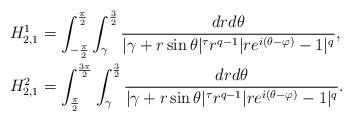
LaTeX: \begin{align*}H_{2,1}^1 & =\int_{-\frac{\pi}{2}}^\frac{\pi}{2}\int_\gamma^{\frac{3}{2}}\frac{dr d\theta}{|\gamma+r\sin\theta|^\tau r^{q-1}|re^{i(\theta-\varphi)}-1|^q},\\H_{2,1}^2 & =\int_{\frac{\pi}{2}}^\frac{3\pi}{2}\int_\gamma^{\frac{3}{2}}\frac{dr d\theta}{|\gamma+r\sin\theta|^\tau r^{q-1}|re^{i(\theta-\varphi)}-1|^q}.\end{align*}